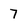
Character: 7